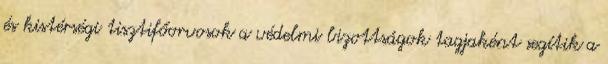
és kistérségi tisztifőorvosok a védelmi bizottságok tagjaként segítik a